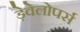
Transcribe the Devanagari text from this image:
ड़ेवेलोपर्स